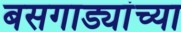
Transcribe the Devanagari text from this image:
बसगाड्यांच्या